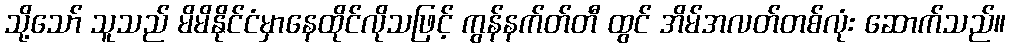
သို့သော် သူသည် မိမိနိုင်ငံမှာနေထိုင်လိုသဖြင့် ကွန်နက်တ်တီ ထွင် အိမ်အလတ်တစ်လုံး ဆောက်သည်။